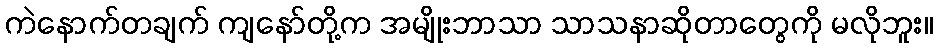
ကဲနောက်တချက် ကျနော်တို့က အမျိုးဘာသာ သာသနာဆိုတာတွေကို မလိုဘူး။